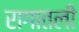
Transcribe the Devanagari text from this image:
रागातली